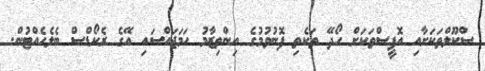
ސްކޫލްތަކަށާއި އޮފީސްތަކަށް ހޯދޭ ތަކެތި ފޮނުވުމުގެ އިންތިޒާމު ހަމަޖައްސައި އޭގެ ރެކޯޑްސް ބެލެހެއްޓުން.